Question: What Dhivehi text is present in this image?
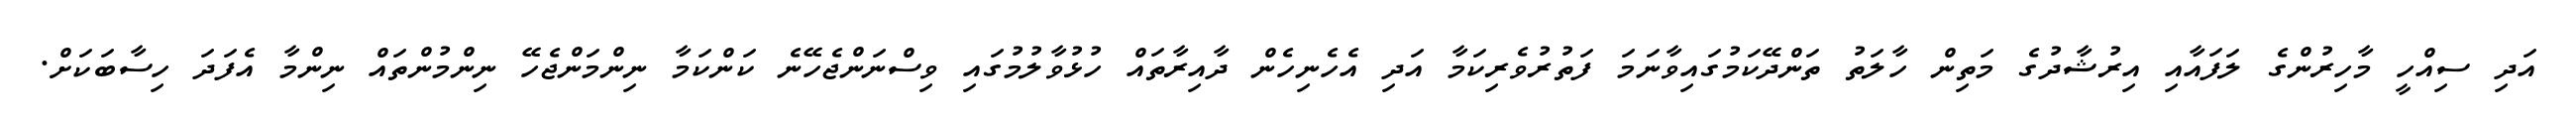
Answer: އަދި ސިއްހީ މާހިރުންގެ ލަފައާއި އިރުޝާދުގެ މަތިން ހާލަތު ތަންދޭކަމުގައިވާނަމަ ފަތުރުވެރިކަމާ އަދި އެހެނިހެން ދާއިރާތައް ހުޅުވާލުމުގައި ވިސްނަންޖެހޭނެ ކަންކަމާ ނިންމަންޖެހޭ ނިންމުންތައް ނިންމާ އެފަދަ ހިސާބަކަށް.